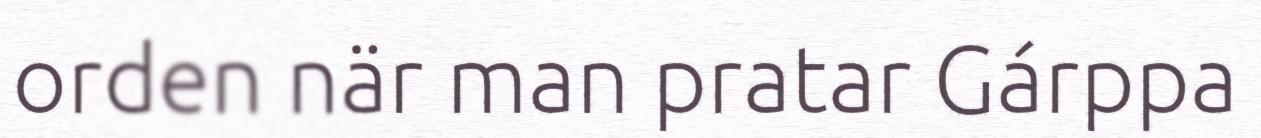
orden när man pratar Gárppa